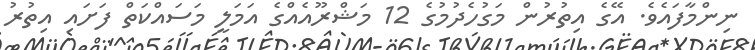
ނިންމާފައެވެ. އޭގެ އިތުރުން މަގުހެދުމުގެ 12 މަޝްރޫއެއްގެ އަމަލީ މަސައްކަތް ފަށައި އިތުރު